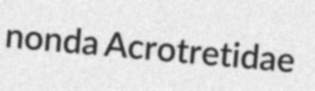
nonda Acrotretidae